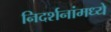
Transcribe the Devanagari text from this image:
निदर्शनांमध्ये